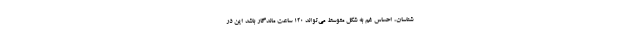
شناسان، احساس غم به شکل متوسط می‌تواند ۱۲۰ ساعت ماندگار باشد این در